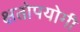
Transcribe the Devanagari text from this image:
क्षतोपयोगी